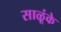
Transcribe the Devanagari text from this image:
साळूंके